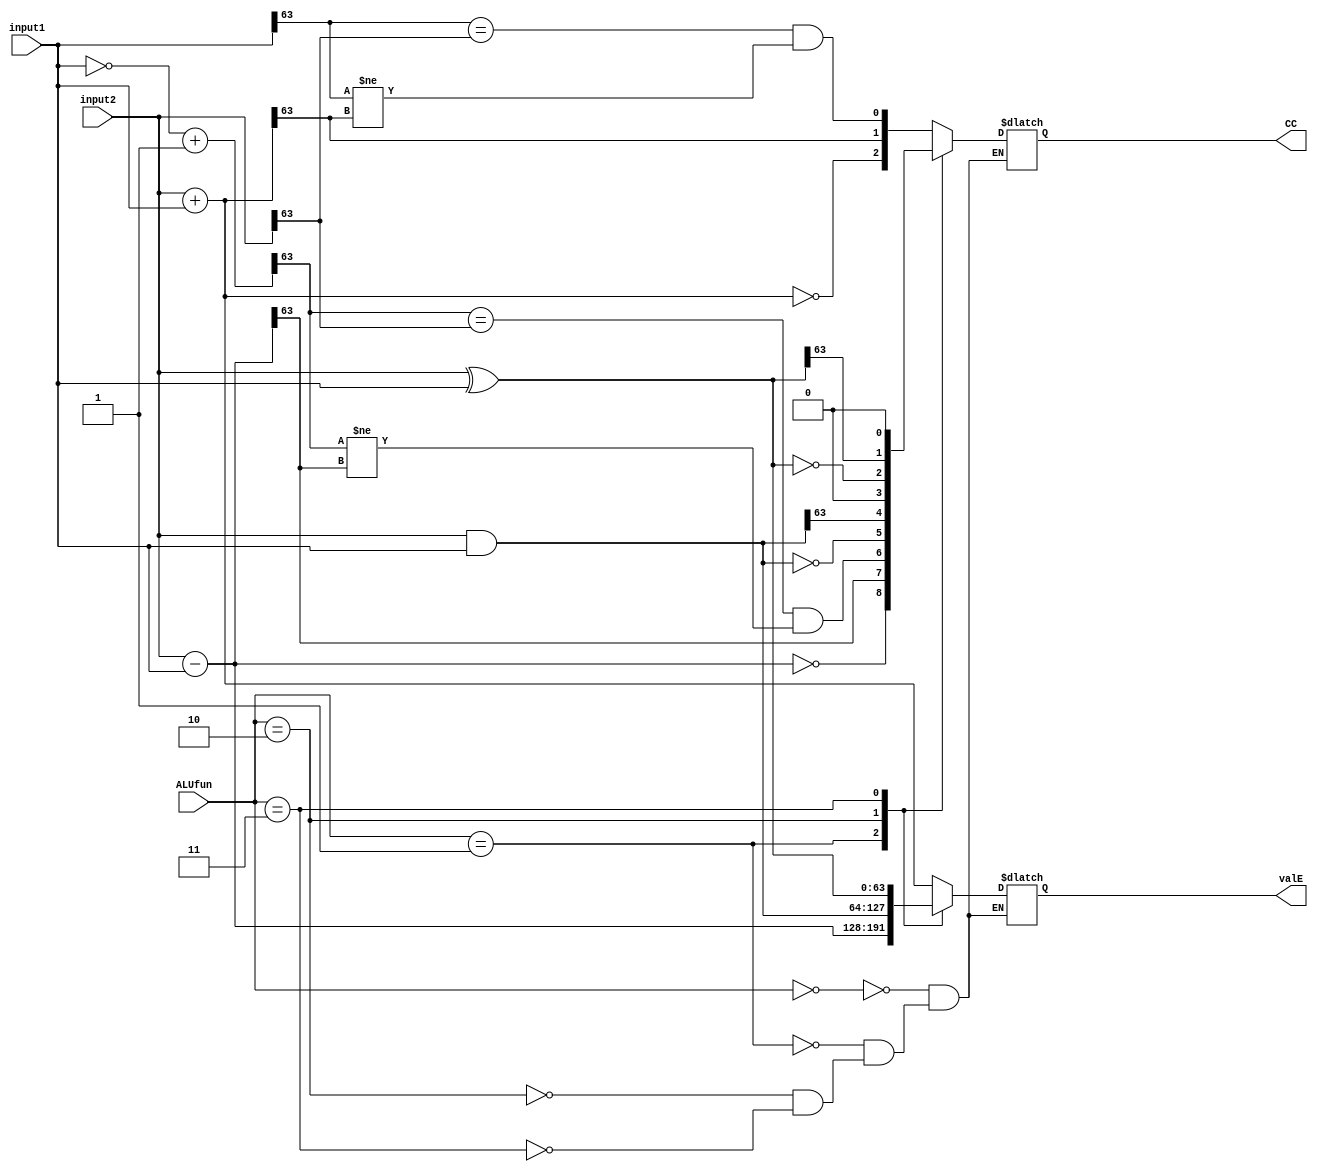
`timescale 1ns / 1ps
//////////////////////////////////////////////////////////////////////////////////
// Company:
// Engineer:
//
// Design Name:
// Module Name: ALU
// Project Name:
// Target Devices:
// Tool Versions:
// Description:
//
// Dependencies:
//
// Revision:
// Revision 0.01 - File Created
// Additional Comments:
//
//////////////////////////////////////////////////////////////////////////////////


module ALU(
    input [63:0] input1,
    input [63:0] input2,
    input [3:0] ALUfun,
    output reg [63:0] valE,
    output reg [2:0] CC//ZF:SF:OF
    );
    reg [63:0] complement;
    always @ (input1 or input2 or ALUfun)
    begin
        case(ALUfun)
            4'h0:
            begin
                valE=input2+input1;
                CC={(valE==0),(valE[63]),((input1[63]==input2[63])&&(input1[63]!=valE[63]))};
            end
            4'h1:
            begin
                valE=input2-input1;
                complement=(~input1)+1;
                CC={(valE==0),(valE[63]),((complement[63]==input2[63])&&(complement[63]!=valE[63]))};
            end
            4'h2:
            begin
                valE=input2&input1;
                CC={(valE==0),(valE[63]),1'b0};
            end
            4'h3:
            begin
                valE=input2^input1;
                CC={(valE==0),(valE[63]),1'b0};
            end
        endcase
    end
endmodule